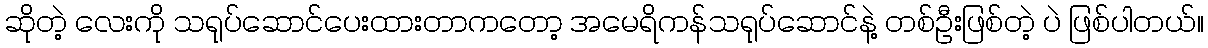
ဆိုတဲ့ လေးကို သရုပ်ဆောင်ပေးထားတာကတော့ အမေရိကန်သရုပ်ဆောင်နဲ့ တစ်ဦးဖြစ်တဲ့ ပဲ ဖြစ်ပါတယ်။